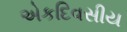
એકદિવસીય